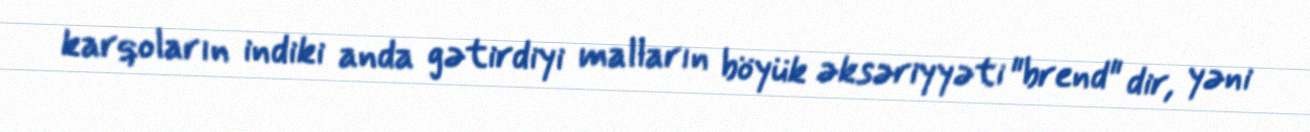
karqoların indiki anda gətirdiyi malların böyük əksəriyyəti "brend" dir, yəni